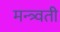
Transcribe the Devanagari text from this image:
मन्त्र्वती